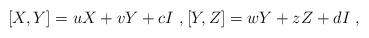
LaTeX: \begin{align*}{[X,Y]=uX+vY+cI} \ , {[Y,Z]=wY+zZ+dI} \ ,\end{align*}